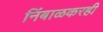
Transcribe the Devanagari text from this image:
निंबाळकरही